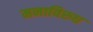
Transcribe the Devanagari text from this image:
मनाविरुध